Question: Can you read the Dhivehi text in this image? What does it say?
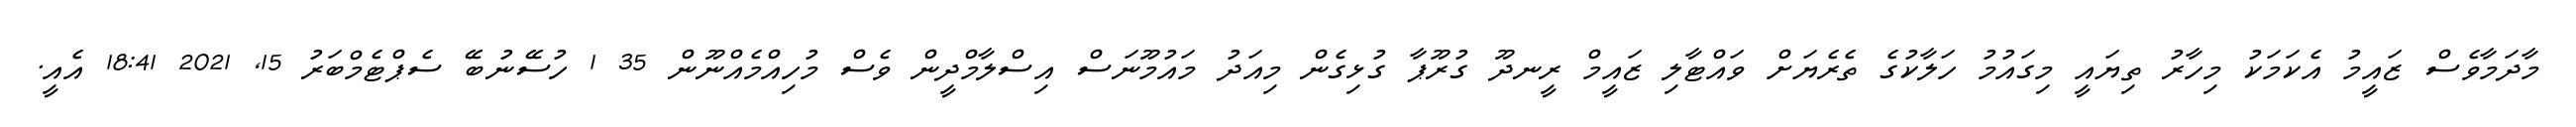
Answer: މާދަމާވެސް ޒައީމު އެކަމަކު މިހާރު ތިޔައީ މިގައުމު ހަލާކުގެ ތެރެޔަށް ވައްޓާލި ޒައީމް ރީނދޫ ގުރޫޕާ ގުޅިގެން މިއަދު މައުމޫނަސް އިސްލާމްދީން ވެސް މުހިއްމެއްނޫން 35 1 ހުސޭނުބޭ ސެޕްޓެމްބަރު 15, 2021 18:41 އެއީ.